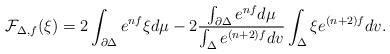
LaTeX: \begin{align*}\mathcal{F}_{\Delta,f}(\xi)=2\int_{\partial\Delta}e^{nf}\xi d\mu-2\frac{ \int_{\partial\Delta} e^{nf}d\mu}{ \int_\Delta e^{(n+2)f}dv }\int_\Delta\xi e^{(n+2)f} dv.\end{align*}